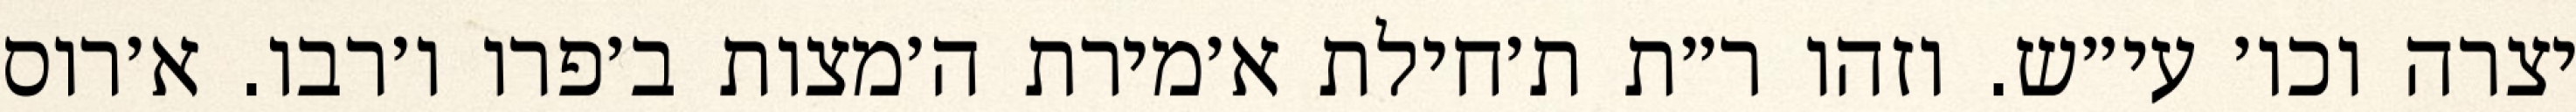
יצרה וכו׳ עי״ש. וזהו ר״ת ת׳חילת א׳מירת ה׳מצות ב׳פרו ו׳רבו. א׳רוס